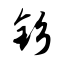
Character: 钐